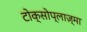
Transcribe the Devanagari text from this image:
टोक्सोप्लाज़्मा